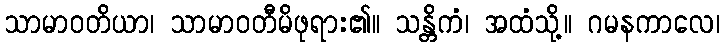
သာမာဝတိယာ၊ သာမာဝတီမိဖုရား၏။ သန္တိကံ၊ အထံသို့။ ဂမနကာလေ၊